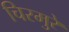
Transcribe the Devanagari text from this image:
चिरमुरे